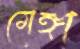
মেঙ্গা